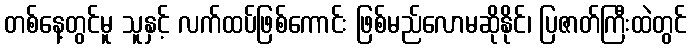
တစ်နေ့တွင်မူ သူနှင့် လက်ထပ်ဖြစ်ကောင်း ဖြစ်မည်လောမဆိုနိုင်၊ ပြဇာတ်ကြီးထဲတွင်